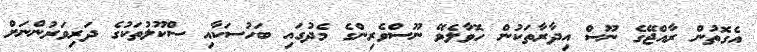
އެގޮތުން ރާއްޖޭގެ ނޫސް އިދާރާތަކުން ހޮވާލެވޭ ނޫސްވެރިންގެ މެދުގައި ބަހުސަކާއި ސްކޫލުތަކުގެ ދަރިވަރުންނަށް